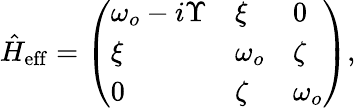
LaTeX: \begin{array}{r}{\hat{H}_{\mathrm{eff}}=\left(\begin{array}{lll}{\omega_{o}-i\Upsilon}&{\xi}&{0}\\ {\xi}&{\omega_{o}}&{\zeta}\\ {0}&{\zeta}&{\omega_{o}}\end{array}\right),}\end{array}